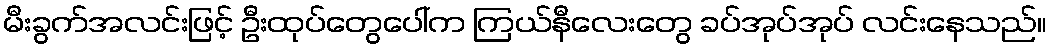
မီးခွက်အလင်းဖြင့် ဦးထုပ်တွေပေါ်က ကြယ်နီလေးတွေ ခပ်အုပ်အုပ် လင်းနေသည်။